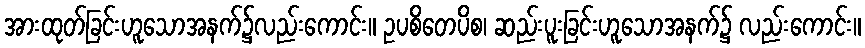
အားထုတ်ခြင်းဟူသောအနက်၌လည်းကောင်း။ ဥပစိတေပိစ၊ ဆည်းပူးခြင်းဟူသောအနက်၌ လည်းကောင်း။